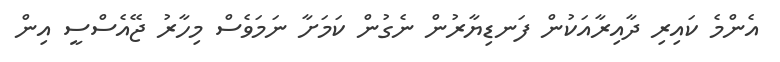
އެންމެ ކައިރި ދާއިރާއަކުން ފަނޑިޔާރުން ނެގުން ކަމަށާ ނަމަވެސް މިހާރު ޖޭއެސްސީ އިން